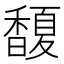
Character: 𩡘